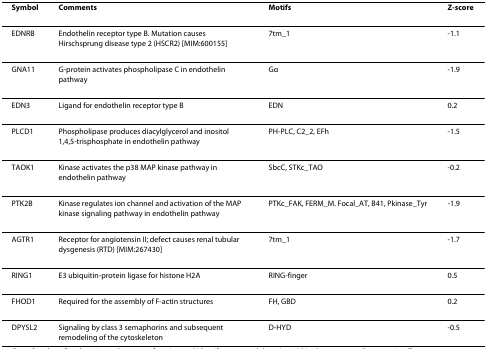
<table><thead><tr><td><b>Symbol</b></td><td><b>Comments</b></td><td><b>Motifs</b></td><td><b>Z-score</b></td></tr></thead><tbody><tr><td>EDNRB</td><td>Endothelin receptor type B. Mutation causes Hirschsprung disease type 2 (HSCR2) [MIM:600155]</td><td>7tm_1</td><td>-1.1</td></tr><tr><td>GNA11</td><td>G-protein activates phospholipase C in endothelin pathway</td><td>Gα</td><td>-1.9</td></tr><tr><td>EDN3</td><td>Ligand for endothelin receptor type B</td><td>EDN</td><td>0.2</td></tr><tr><td>PLCD1</td><td>Phospholipase produces diacylglycerol and inositol 1,4,5-trisphosphate in endothelin pathway</td><td>PH-PLC, C2_2, EFh</td><td>-1.5</td></tr><tr><td>TAOK1</td><td>Kinase activates the p38 MAP kinase pathway in endothelin pathway</td><td>SbcC, STKc_TAO</td><td>-0.2</td></tr><tr><td>PTK2B</td><td>Kinase regulates ion channel and activation of the MAP kinase signaling pathway in endothelin pathway</td><td>PTKc_FAK, FERM_M. Focal_AT, B41, Pkinase_Tyr</td><td>-1.9</td></tr><tr><td>AGTR1</td><td>Receptor for angiotensin II; defect causes renal tubular dysgenesis (RTD) [MIM:267430]</td><td>7tm_1</td><td>-1.7</td></tr><tr><td>RING1</td><td>E3 ubiquitin-protein ligase for histone H2A</td><td>RING-finger</td><td>0.5</td></tr><tr><td>FHOD1</td><td>Required for the assembly of F-actin structures</td><td>FH, GBD</td><td>0.2</td></tr><tr><td>DPYSL2</td><td>Signaling by class 3 semaphorins and subsequent remodeling of the cytoskeleton</td><td>D-HYD</td><td>-0.5</td></tr></tbody></table>